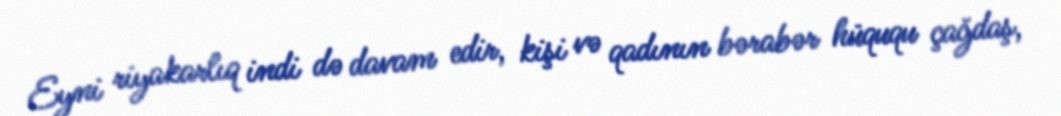
Eyni riyakarlıq indi də davam edir, kişi və qadının bərabər hüququ çağdaş,